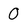
Character: 0